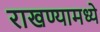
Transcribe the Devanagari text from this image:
राखण्यामध्ये